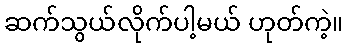
ဆက်သွယ်လိုက်ပါ့မယ် ဟုတ်ကဲ့။